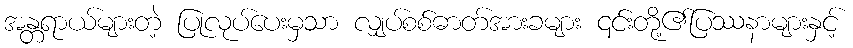
အန္တရာယ်များတဲ့ ပြုလုပ်ပေးမှသာ လျှပ်စစ်ဓာတ်အားခများ ၎င်းတို့၏ပြဿနာများနှင့်